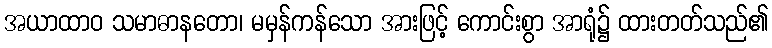
အယာထာဝ သမာဓာနတော၊ မမှန်ကန်သော အားဖြင့် ကောင်းစွာ အာရုံ၌ ထားတတ်သည်၏